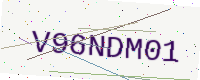
Text: V96NDM01